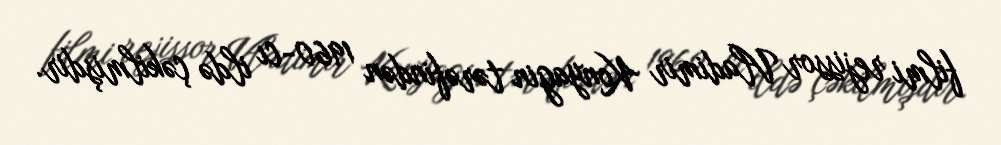
filmi rejissor Vladimir Konyagin tərəfindən 1960-cı ildə çəkilmişdir.